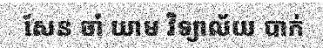
សែន ចាំ យាម វិទ្យាល័យ បាក់